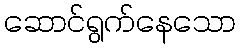
ဆောင်ရွက်နေသော